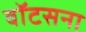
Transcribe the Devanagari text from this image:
वॉटसना